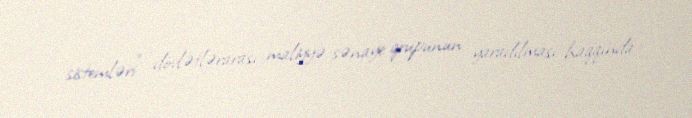
sistemləri” dövlətlərarası maliyyə-sənaye qrupunun yaradılması haqqında